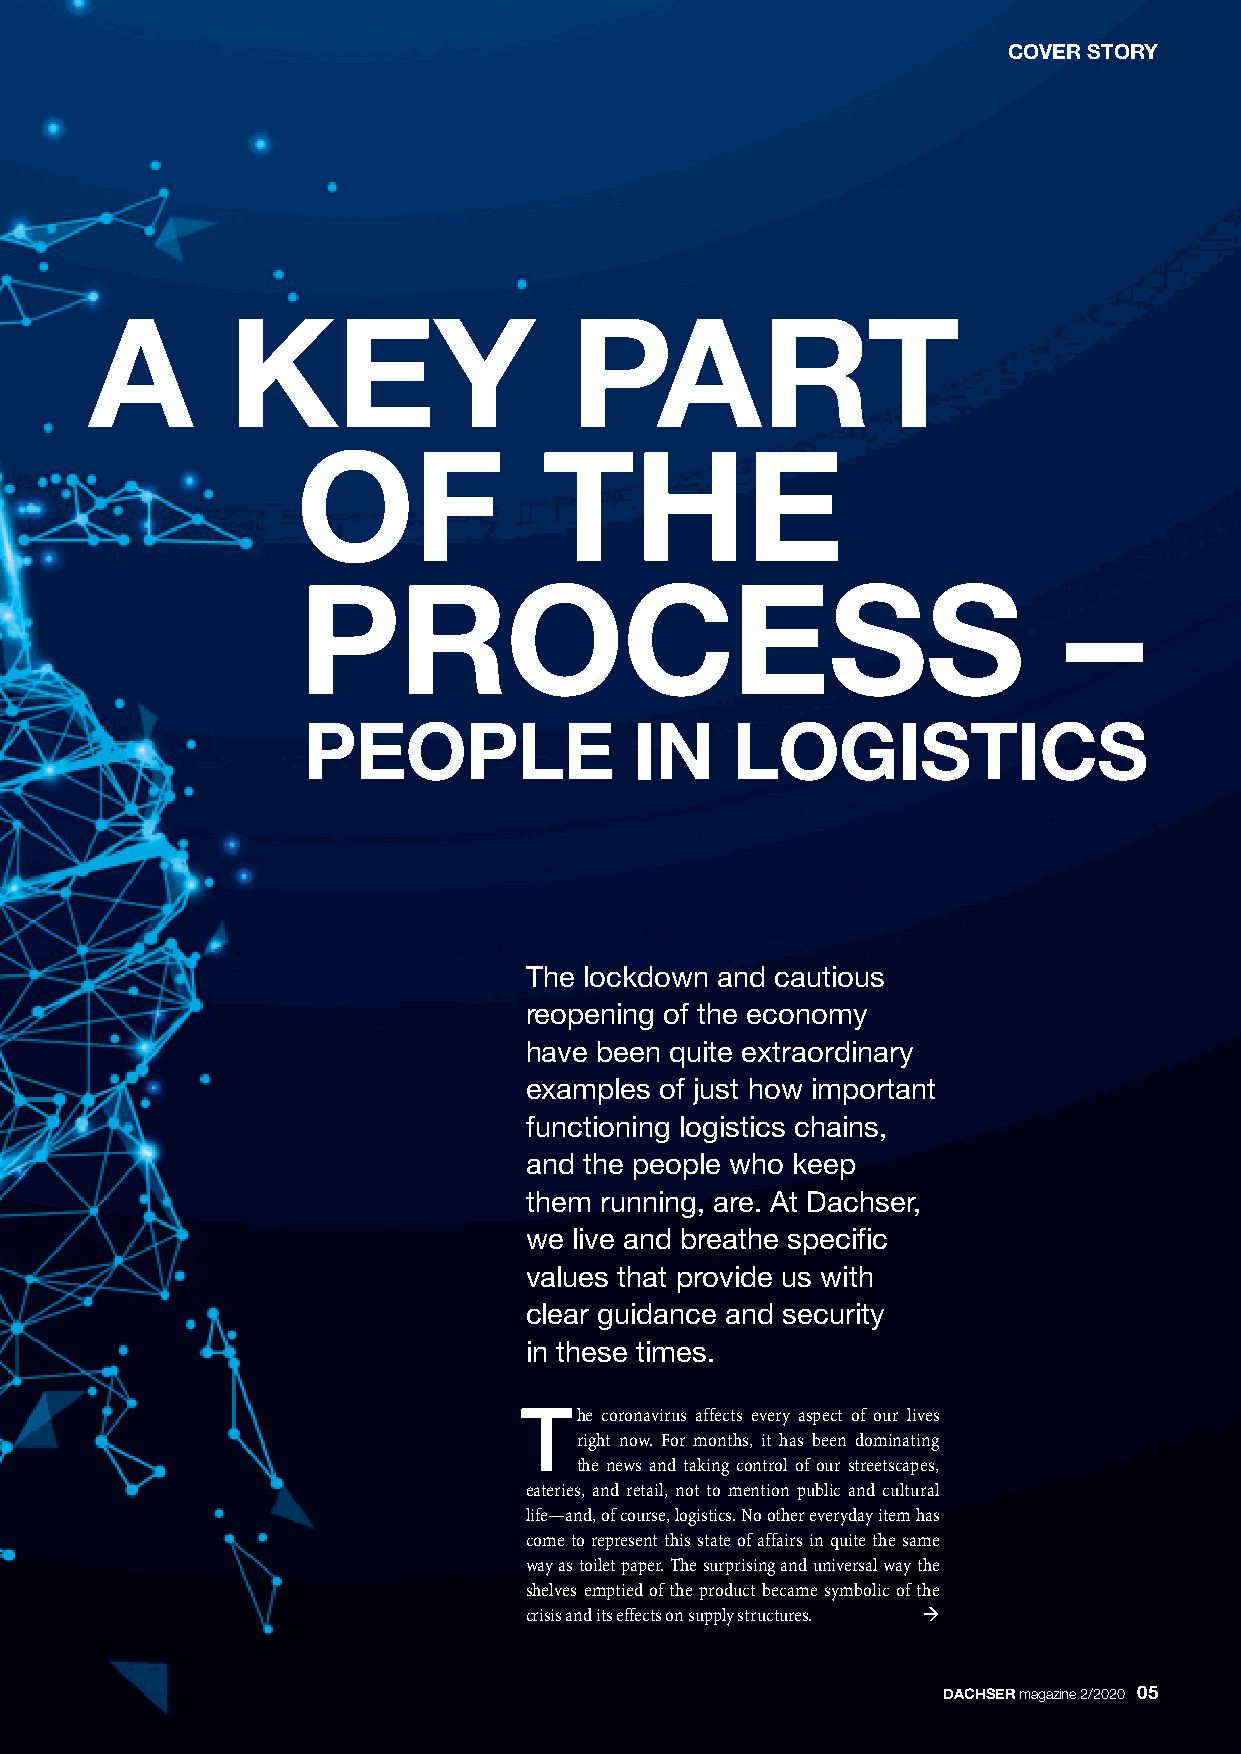
COVER STORY
 A        KEY                    PART
 OF              THE
 PROCESS                                            –
 PEOPLE                IN    LOGISTICS
 The lockdown and cautious
 reopening of the economy
 have been quite extraordinary
 examples of just how important
 functioning logistics chains,
 and the people who keep
 them running, are. At Dachser,
 we live and breathe specific
 values that provide us with
 clear guidance and security
 in these times.
 T
 he coronavirus affects every aspect of our lives
 right now. For months, it has been dominating
 the news and taking control of our streetscapes,
 eateries, and retail, not to mention public and cultural
 life—and, of course, logistics. No other everyday item has
 come to represent this state of affairs in quite the same
 way as toilet paper. The surprising and universal way the
 shelves emptied of the product became symbolic of the
 crisis and its effects on supply structures. ‡
 DACHSERmagazine 2/2020 05